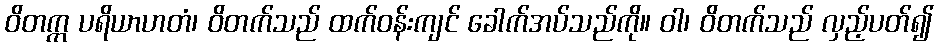
ဝိတက္က ပရိယာဟတံ၊ ဝိတက်သည် ထက်ဝန်းကျင် ခေါက်အပ်သည်ကို။ ဝါ၊ ဝိတက်သည် လှည့်ပတ်၍